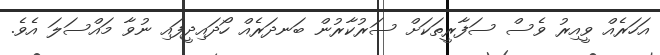
އަހަރެއް ވީއިރު ވެސް ސަފާރީތަކަށް ސަރުކާރުން ބަނދަރެއް ހޯދައިދީފައި ނުވާ މައްސަލަ އެވެ.